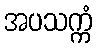
အပသက္ကံ